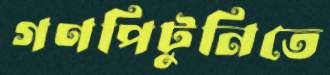
গণপিটুনিতে